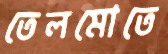
তেলমোতে